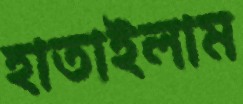
হাতাইলাম